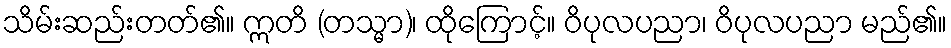
သိမ်းဆည်းတတ်၏။ ဣတိ (တသ္မာ)၊ ထိုကြောင့်။ ဝိပုလပညာ၊ ဝိပုလပညာ မည်၏။